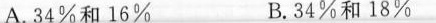
A.34\%和16\% B.34\%和18\%